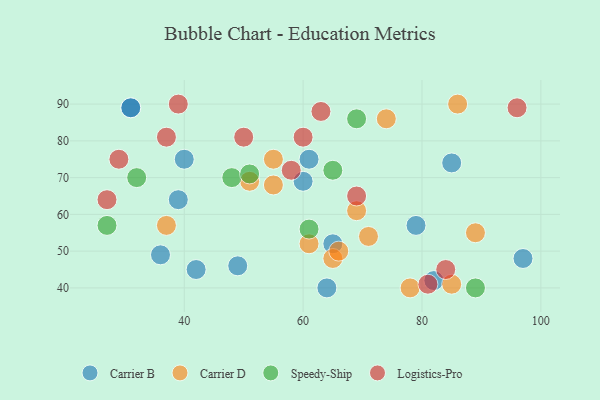
{"axis": {"x": "GDP", "y": "Life Expectancy"}, "legend": ["Carrier B", "Carrier D", "Logistics-Pro", "Speedy-Ship"], "data": [{"x": "31", "y": 89, "type": "Carrier B"}, {"x": "42", "y": 45, "type": "Carrier B"}, {"x": "85", "y": 74, "type": "Carrier B"}, {"x": "40", "y": 75, "type": "Carrier B"}, {"x": "61", "y": 75, "type": "Carrier B"}, {"x": "97", "y": 48, "type": "Carrier B"}, {"x": "36", "y": 49, "type": "Carrier B"}, {"x": "79", "y": 57, "type": "Carrier B"}, {"x": "31", "y": 89, "type": "Carrier B"}, {"x": "60", "y": 69, "type": "Carrier B"}, {"x": "82", "y": 42, "type": "Carrier B"}, {"x": "64", "y": 40, "type": "Carrier B"}, {"x": "39", "y": 64, "type": "Carrier B"}, {"x": "65", "y": 52, "type": "Carrier B"}, {"x": "49", "y": 46, "type": "Carrier B"}, {"x": "51", "y": 69, "type": "Carrier D"}, {"x": "37", "y": 57, "type": "Carrier D"}, {"x": "85", "y": 41, "type": "Carrier D"}, {"x": "74", "y": 86, "type": "Carrier D"}, {"x": "65", "y": 48, "type": "Carrier D"}, {"x": "55", "y": 75, "type": "Carrier D"}, {"x": "78", "y": 40, "type": "Carrier D"}, {"x": "66", "y": 50, "type": "Carrier D"}, {"x": "89", "y": 55, "type": "Carrier D"}, {"x": "71", "y": 54, "type": "Carrier D"}, {"x": "55", "y": 68, "type": "Carrier D"}, {"x": "86", "y": 90, "type": "Carrier D"}, {"x": "69", "y": 61, "type": "Carrier D"}, {"x": "61", "y": 52, "type": "Carrier D"}, {"x": "27", "y": 57, "type": "Speedy-Ship"}, {"x": "89", "y": 40, "type": "Speedy-Ship"}, {"x": "48", "y": 70, "type": "Speedy-Ship"}, {"x": "69", "y": 86, "type": "Speedy-Ship"}, {"x": "51", "y": 71, "type": "Speedy-Ship"}, {"x": "32", "y": 70, "type": "Speedy-Ship"}, {"x": "65", "y": 72, "type": "Speedy-Ship"}, {"x": "61", "y": 56, "type": "Speedy-Ship"}, {"x": "69", "y": 65, "type": "Logistics-Pro"}, {"x": "29", "y": 75, "type": "Logistics-Pro"}, {"x": "58", "y": 72, "type": "Logistics-Pro"}, {"x": "60", "y": 81, "type": "Logistics-Pro"}, {"x": "39", "y": 90, "type": "Logistics-Pro"}, {"x": "63", "y": 88, "type": "Logistics-Pro"}, {"x": "50", "y": 81, "type": "Logistics-Pro"}, {"x": "37", "y": 81, "type": "Logistics-Pro"}, {"x": "84", "y": 45, "type": "Logistics-Pro"}, {"x": "96", "y": 89, "type": "Logistics-Pro"}, {"x": "81", "y": 41, "type": "Logistics-Pro"}, {"x": "27", "y": 64, "type": "Logistics-Pro"}]}